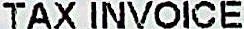
TAX INVOICE